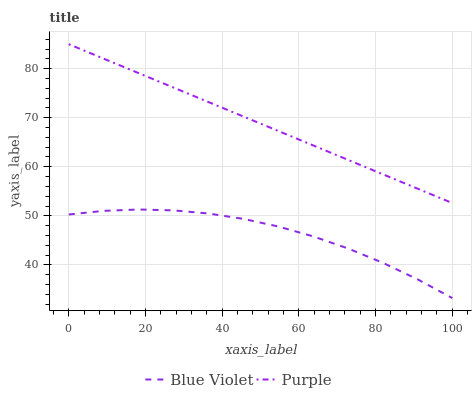
| xaxis_label | Blue Violet | Purple |
 | --- | --- | --- |
 | 0 | 50.3 | 85 |
 | 9.09 | 51 | 82.1 |
 | 18.2 | 51.3 | 79.1 |
 | 27.3 | 51.1 | 76.2 |
 | 36.4 | 50.5 | 73.2 |
 | 45.5 | 49.4 | 70.3 |
 | 54.5 | 47.8 | 67.3 |
 | 63.6 | 45.8 | 64.4 |
 | 72.7 | 43.4 | 61.4 |
 | 81.8 | 40.4 | 58.5 |
 | 90.9 | 37.1 | 55.6 |
 | 100 | 33.2 | 52.6 |